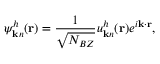
\psi _ { { \bf k } n } ^ { h } ( { \bf r } ) = \frac { 1 } { \sqrt { N _ { B Z } } } u _ { { \bf k } n } ^ { h } ( { \bf r } ) e ^ { i { \bf k } \cdot { \bf r } } ,